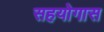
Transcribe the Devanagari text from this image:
सहयोगास